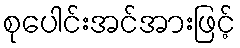
စုပေါင်းအင်အားဖြင့်